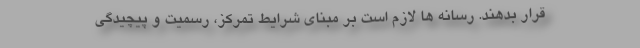
قرار بدهند. رسانه ها لازم است بر مبنای شرایط تمرکز، رسمیت و پیچیدگی